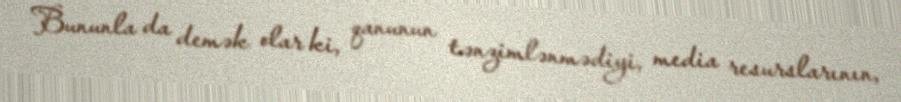
Bununla da demək olar ki, qanunun tənzimlənmədiyi, media resurslarının,